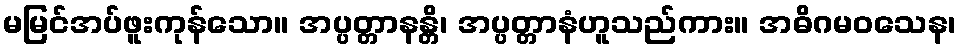
မမြင်အပ်ဖူးကုန်သော။ အပ္ပတ္တာနန္တိ၊ အပ္ပတ္တာနံဟူသည်ကား။ အဓိဂမဝသေန၊